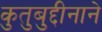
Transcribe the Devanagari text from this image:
कुतुबुद्दीनाने